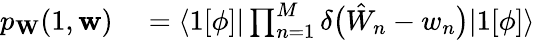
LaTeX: \begin{array}{rl}{p_{\mathbf{W}}(1,\mathbf{w})}&{{}=\langle 1[\phi]|\prod_{n=1}^{M}\delta\bigl(\hat{W}_{n}-w_{n}\bigr)|1[\phi]\rangle}\end{array}